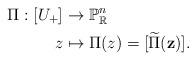
LaTeX: \begin{align*}\Pi: [U_+] & \rightarrow \mathbb{P}_{\mathbb{R}}^n \\ z & \mapsto \Pi(z)=[\widetilde{\Pi}(\mathbf{z})].\end{align*}